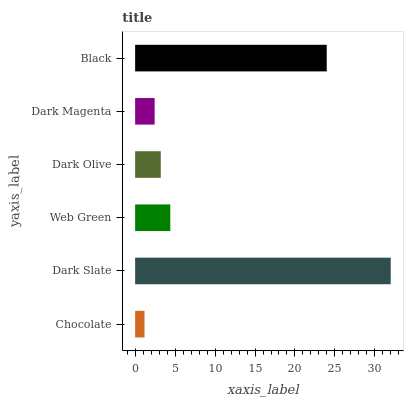
| yaxis_label | bars |
 | --- | --- |
 | Chocolate | 1.17 |
 | Dark Slate | 32 |
 | Web Green | 4.4 |
 | Dark Olive | 3.21 |
 | Dark Magenta | 2.44 |
 | Black | 24 |